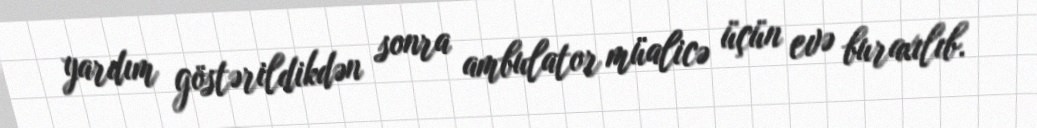
yardım göstərildikdən sonra ambulator müalicə üçün evə buraxılıb.